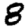
Digit: 8